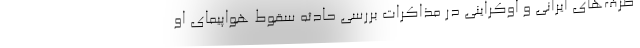
طرف‌های ایرانی و اوکراینی در مذاکرات بررسی حادثه سقوط هواپیمای او